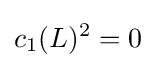
c_{1}(L)^{2}=0